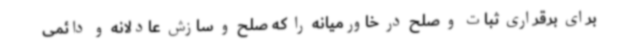
برای برقراری ثبات و صلح در خاورمیانه را که صلح و سازش عادلانه و دائمی